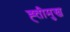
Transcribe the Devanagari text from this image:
ह्त्तीमुख